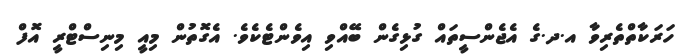
ހަރަކާތްތެރިވާ އ.ދ.ގެ އެޖެންސީތައް ގުޅިގެން ބޭއްވި އިވެންޓެކެވެ. އެގޮތުން މިއީ މިނިސްޓްރީ އޮފް